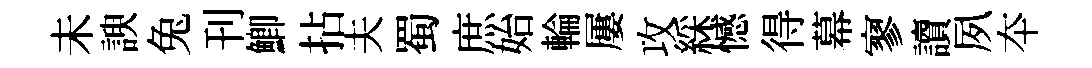
未諛兔刊鯽拈夫蜀庶始輪屢攻綵憾得幕寥讀夙夲